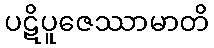
ပဋိပူဇေဿာမာတိ